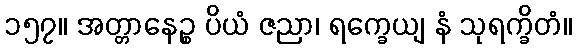
၁၅၇။ အတ္တာနေဉ္စ ပိယံ ဇညာ၊ ရက္ခေယျ နံ သုရက္ခိတံ။